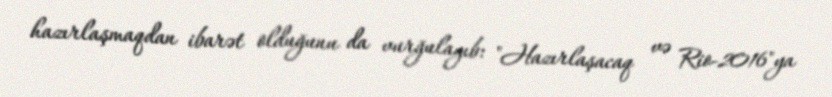
hazırlaşmaqdan ibarət olduğunu da vurğulayıb: "Hazırlaşacaq və Rio-2016"ya